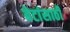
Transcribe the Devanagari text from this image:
बेटांसाठी